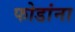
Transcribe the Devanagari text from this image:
फोडांना